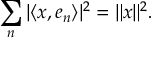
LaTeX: \sum _ { n } | \langle x , e _ { n } \rangle | ^ { 2 } = \| x \| ^ { 2 } .